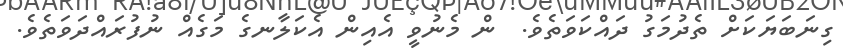
ގިނަބަޔަކަށް ތެދުމަގު ދައްކަވަތެވެ.  ން މެނުވީ އެއިން އެކަލާނގެ މަގެއް ނުފުރައްދަވަތެވެ.